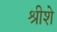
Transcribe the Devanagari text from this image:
श्रीशे